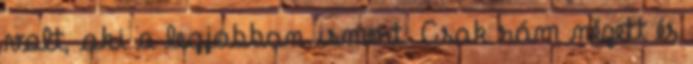
volt, aki a legjobban ismert. Csak rám nézett és